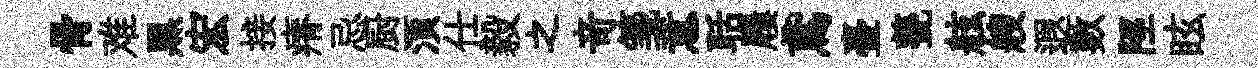
骨难黒宏接瘠忌厨湏仕毅之竒箋意聒屨鳶臺甆舷艘遐數陘眩